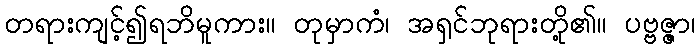
တရားကျင့်၍ရဘိမူကား။ တုမှာကံ၊ အရှင်ဘုရားတို့၏။ ပဗ္ဗဇ္ဇာ၊